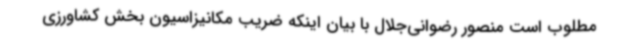
مطلوب است منصور رضوانی‌جلال با بیان اینکه ضریب مکانیزاسیون بخش کشاورزی